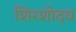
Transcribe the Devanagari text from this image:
शिरशोदय